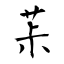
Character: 茮